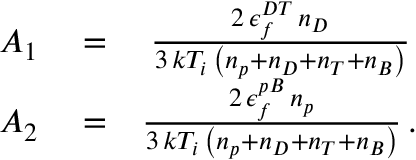
\begin{array} { r l r } { A _ { 1 } } & { { } = } & { \frac { 2 \, \epsilon _ { f } ^ { D T } \, n _ { D } } { 3 \, k T _ { i } \, \left( n _ { p } + n _ { D } + n _ { T } + n _ { B } \right) } \, } \\ { A _ { 2 } } & { { } = } & { \frac { 2 \, \epsilon _ { f } ^ { p B } \, n _ { p } } { 3 \, k T _ { i } \, \left( n _ { p } + n _ { D } + n _ { T } + n _ { B } \right) } \, . } \end{array}